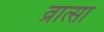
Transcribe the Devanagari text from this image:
व्रात्सा